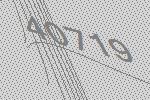
40719